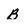
Character: B